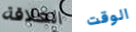
العلاقة الوقت